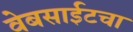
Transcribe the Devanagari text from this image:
वेबसाईटचा